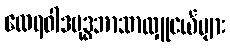
ထေရဝါဒဗုဒ္ဓဘာသာလှူငယ်များ